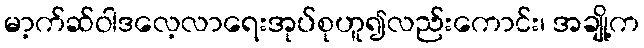
မာ့က်ဆ်ဝါဒလေ့လာရေးအုပ်စုဟူ၍လည်းကောင်း၊ အချို့က